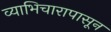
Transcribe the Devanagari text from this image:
व्याभिचारापासून